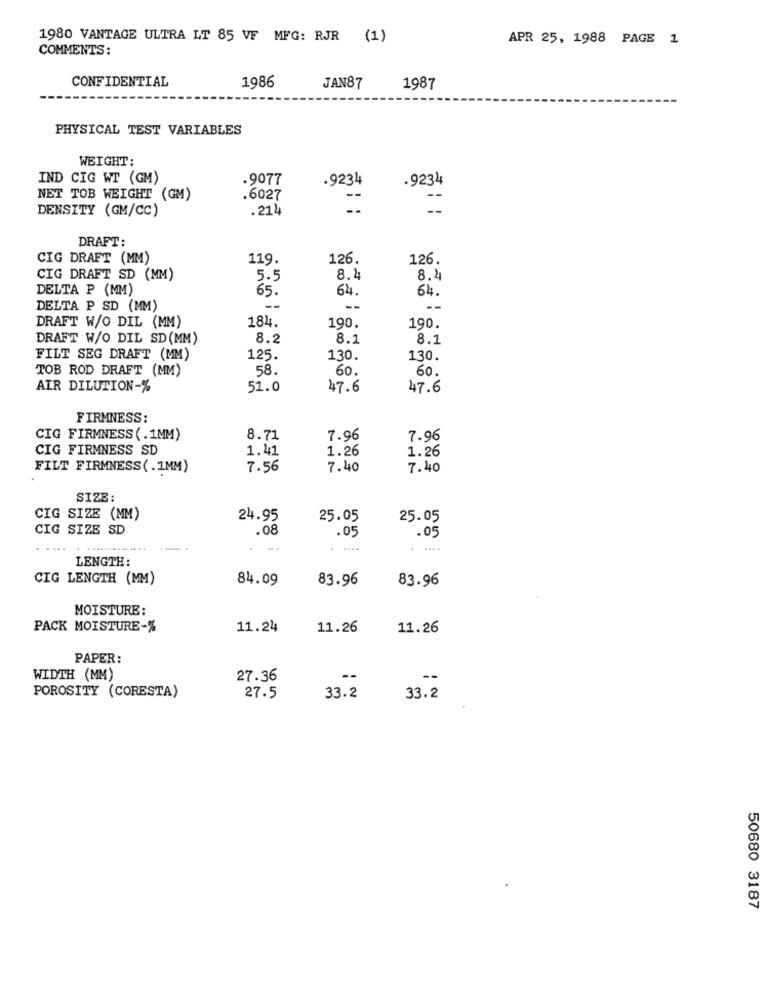
1980 VANTAGE ULTRA LT 85 VF MFG: RJR (1)
APR 25, 1988 PAGE 1
COMMENTS:
CONFIDENTIAL
1986
JAN87
1987
PHYSICAL TEST VARIABLES
WEIGHT:
IND CIG WT (GM)
.9077
.9234
.9234
NET TOB WEIGHT (GM)
.6027
--
--
DENSITY (GM/CC)
.214
DRAFT:
CIG DRAFT (MM)
119.
126.
126.
CIG DRAFT SD (MM)
5.5
8.2
8.4
DELTA P (MM)
65.
64.
64.
DELTA P SD (MM)
--
--
DRAFT W/O DIL (MM)
184.
190.
190.
DRAFT W/O DIL SD(MM)
8.2
8.1
8.1
FILT SEG DRAFT (MM)
125.
130.
130.
TOB ROD DRAFT (MM)
58.
60
60.
AIR DILUTION-%
51.0
47.6
47.6
FIRMNESS:
CIG FIRMNESS(.1MM)
8.71
7.96
7.96
CIG FIRMNESS SD
1.41
1.26
1.26
FILT FIRMNESS(.1MM)
7.56
7.40
7.40
SIZE:
CIG SIZE (MM)
24.95
25.05
25.05
CIG SIZE SD
.08
.05
.05
LENGTH:
CIG LENGTH (MM)
84.09
83.96
83.96
MOISTURE:
PACK MOISTURE-%
11.24
11.26
11.26
PAPER:
WIDTH (MM)
27.36
--
--
POROSITY (CORESTA)
27.5
33.2
33.2
50680 3187